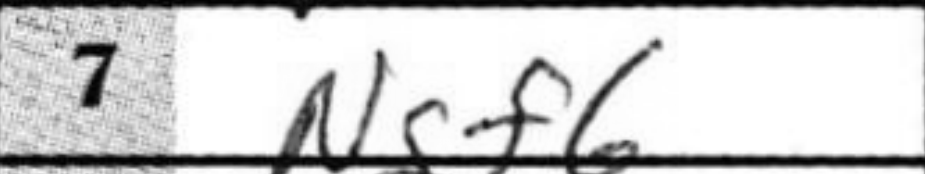
Transcription: Ngf6